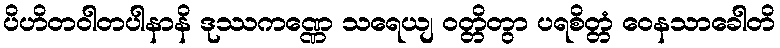
ပိဟိတဝါတပါနာနိ ဒုဿကဏ္ဏေ သရေယျ ဝတ္တိတွာ ပရစိတ္တံ ဝေနသာခေါတိ